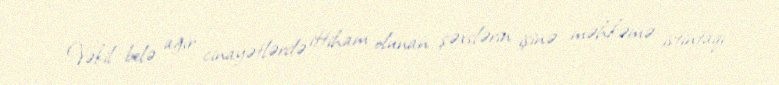
Vəkil belə ağır cinayətlərdə ittiham olunan şəxslərin işinə məhkəmə istintaqı